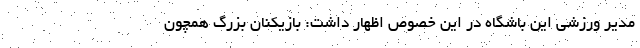
مدیر ورزشی این باشگاه در این خصوص اظهار داشت: بازیکنان بزرگ همچون